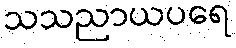
သသညာယပရေ